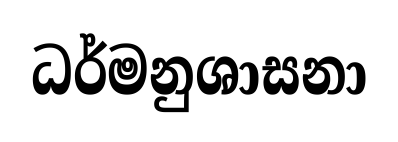
ධර්මනුශාසනා